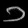
Digit: ၁